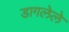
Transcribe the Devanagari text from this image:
डागलेले